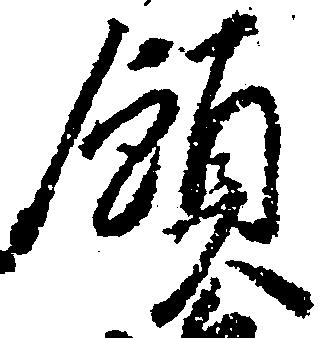
領